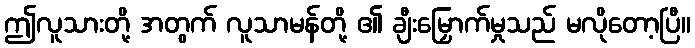
ဤလူသားတို့ အတွက် လူသာမန်တို့ ၏ ချီးမြှောက်မှုသည် မလိုတော့ပြီ။